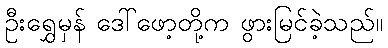
ဦးရွှေမှန် ဒေါ်ဖော့တို့က ဖွားမြင်ခဲ့သည်။